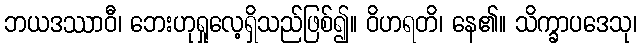
ဘယဒဿာဝီ၊ ဘေးဟုရှုလေ့ရှိသည်ဖြစ်၍။ ဝိဟရတိ၊ နေ၏။ သိက္ခာပဒေသု၊